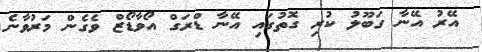
އޭރު އޭނާ ގަބޫލު ކުރި ގޮތުގައި އޭނާ ޑްރަގް އޯވާޑޯޒް ވެގެން މަރުވާނެ